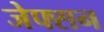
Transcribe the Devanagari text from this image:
जेफ्सन